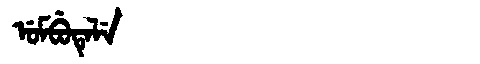
Manchu: ᡠᠮᠪᡠᡨᡝᠯᡝ
Romanization: UMBUTELE